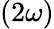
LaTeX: \left(2\omega\right)